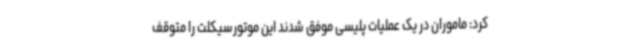
کرد: ماموران در یک عملیات پلیسی موفق شدند این موتورسیکلت را متوقف